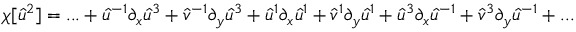
\chi [ \hat { u } ^ { 2 } ] = . . . + \hat { u } ^ { - 1 } \partial _ { x } \hat { u } ^ { 3 } + \hat { v } ^ { - 1 } \partial _ { y } \hat { u } ^ { 3 } + \hat { u } ^ { 1 } \partial _ { x } \hat { u } ^ { 1 } + \hat { v } ^ { 1 } \partial _ { y } \hat { u } ^ { 1 } + \hat { u } ^ { 3 } \partial _ { x } \hat { u } ^ { - 1 } + \hat { v } ^ { 3 } \partial _ { y } \hat { u } ^ { - 1 } + . . .